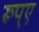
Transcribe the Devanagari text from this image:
रूप्ए